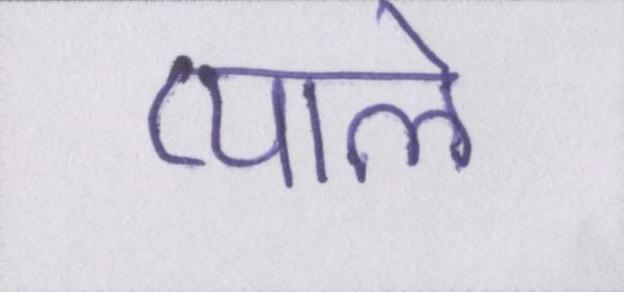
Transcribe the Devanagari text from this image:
प्याले